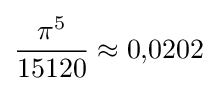
{\frac {\pi ^{5}}{15120}}\approx 0{,}0202